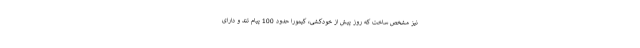
نیز مشخص ساخت که روز پیش از خودکشی، کیمورا حدود 100 پیام تند و دارای